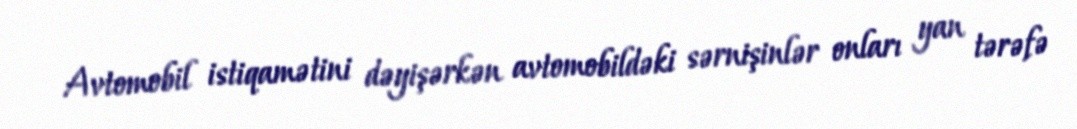
Avtomobil istiqamətini dəyişərkən avtomobildəki sərnişinlər onları yan tərəfə